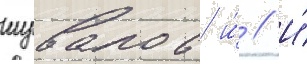
шувалов и́ // И́